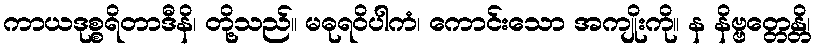
ကာယဒုစ္စရိတာဒီနိ၊ တို့သည်။ မဓုရဝိပါကံ၊ ကောင်းသော အကျိုးကို။ န နိဗ္ဗတ္တေန္တိ၊